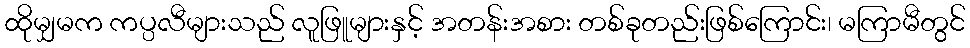
ထိုမျှမက ကပ္ပလီများသည် လူဖြူများနှင့် အတန်းအစား တစ်ခုတည်းဖြစ်ကြောင်း၊ မကြာမီတွင်